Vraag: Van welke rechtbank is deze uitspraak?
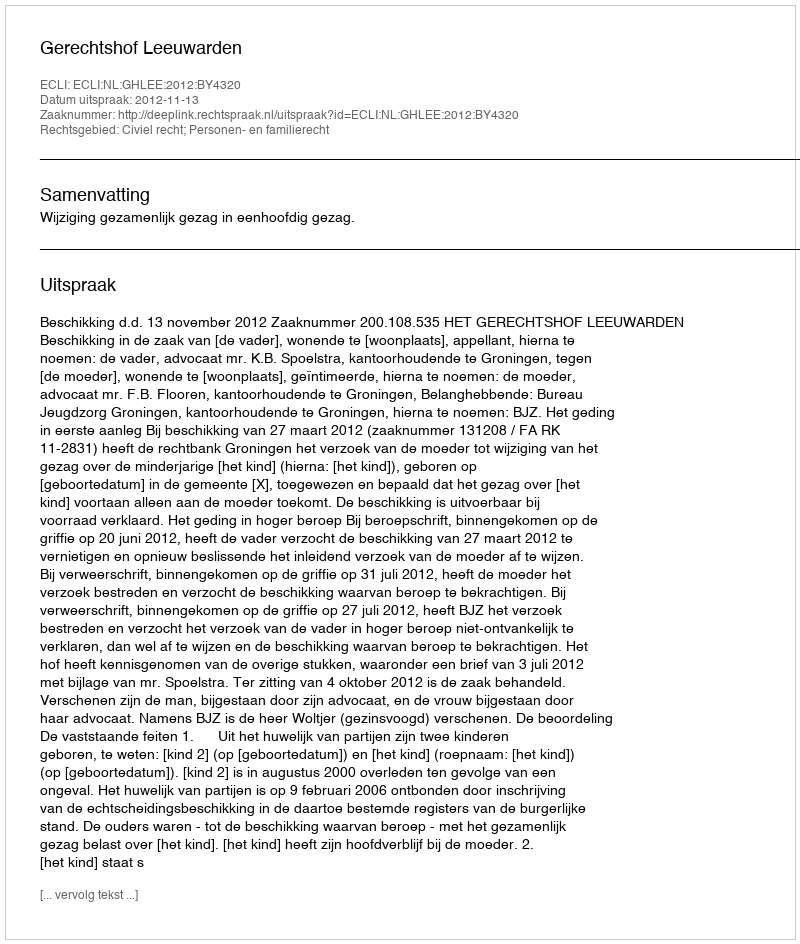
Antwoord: Gerechtshof Leeuwarden